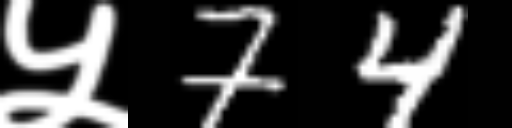
Text: ५74